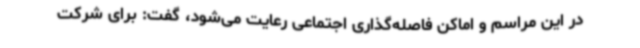
در این مراسم و اماکن فاصله‌گذاری اجتماعی رعایت می‌شود، گفت: برای شرکت